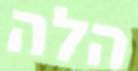
הלה